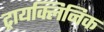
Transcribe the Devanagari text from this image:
ट्रायक्लिनिक